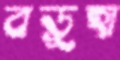
বড়ুহা